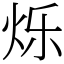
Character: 烁